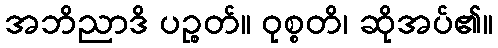
အဘိညာဒိ ပဉ္စတ်။ ဝုစ္စတိ၊ ဆိုအပ်၏။